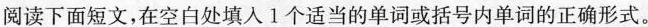
阅读下面短文,在空白处填人 1个适当的单词或括号内单词的正确形式。